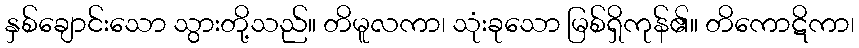
နှစ်ချောင်းသော သွားတို့သည်။ တိမူလကာ၊ သုံးခုသော မြစ်ရှိကုန်၏။ တိကောဋိကာ၊